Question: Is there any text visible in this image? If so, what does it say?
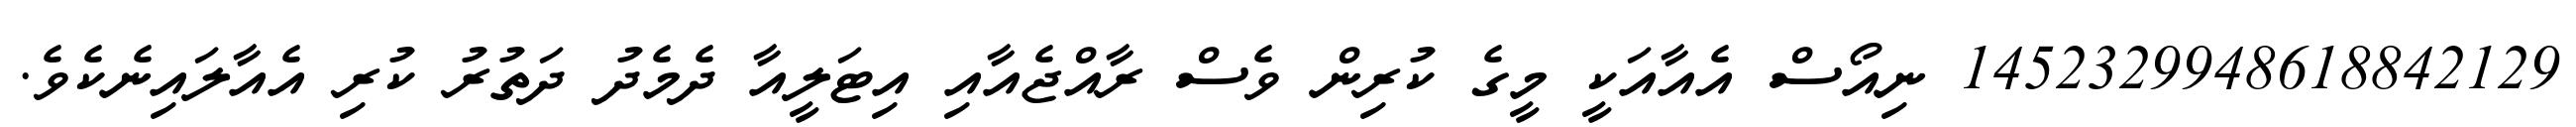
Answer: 1452329948618842129 ނިއޯސް އެއާއަކީ މީގެ ކުރިން ވެސް ރާއްޖެއާއި އިޓަލީއާ ދެމެދު ދަތުރު ކުރި އެއާލައިނެކެވެ.